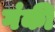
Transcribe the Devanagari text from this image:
गंकी